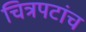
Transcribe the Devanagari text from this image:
चित्रपटांच